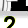
Digit: 2